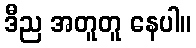
ဒီည အတူတူ နေပါ။